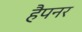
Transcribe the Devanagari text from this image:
हैपनर